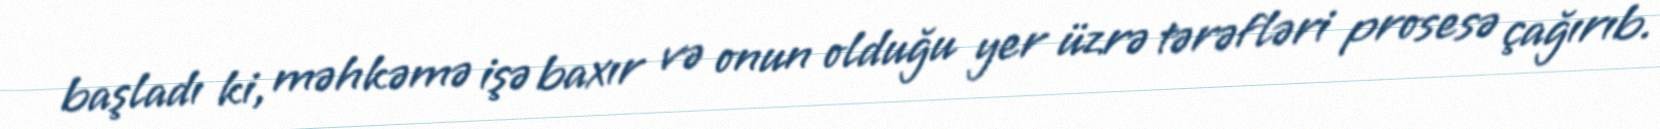
başladı ki, məhkəmə işə baxır və onun olduğu yer üzrə tərəfləri prosesə çağırıb.